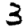
Digit: 3